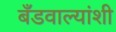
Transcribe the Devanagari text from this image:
बँडवाल्यांशी